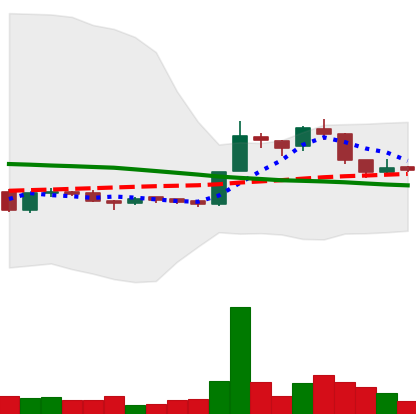
Ticker: LTC-USD
Chart end date: 2015-12-04
Forward return: 9.139%
Label: up_7plus